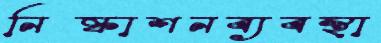
নিষ্কাশনব্যবস্থা